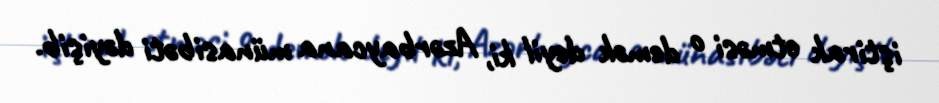
iştirak etməsi o demək deyil ki, Azərbaycana münasibəti dəyişib.